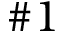
\# 1